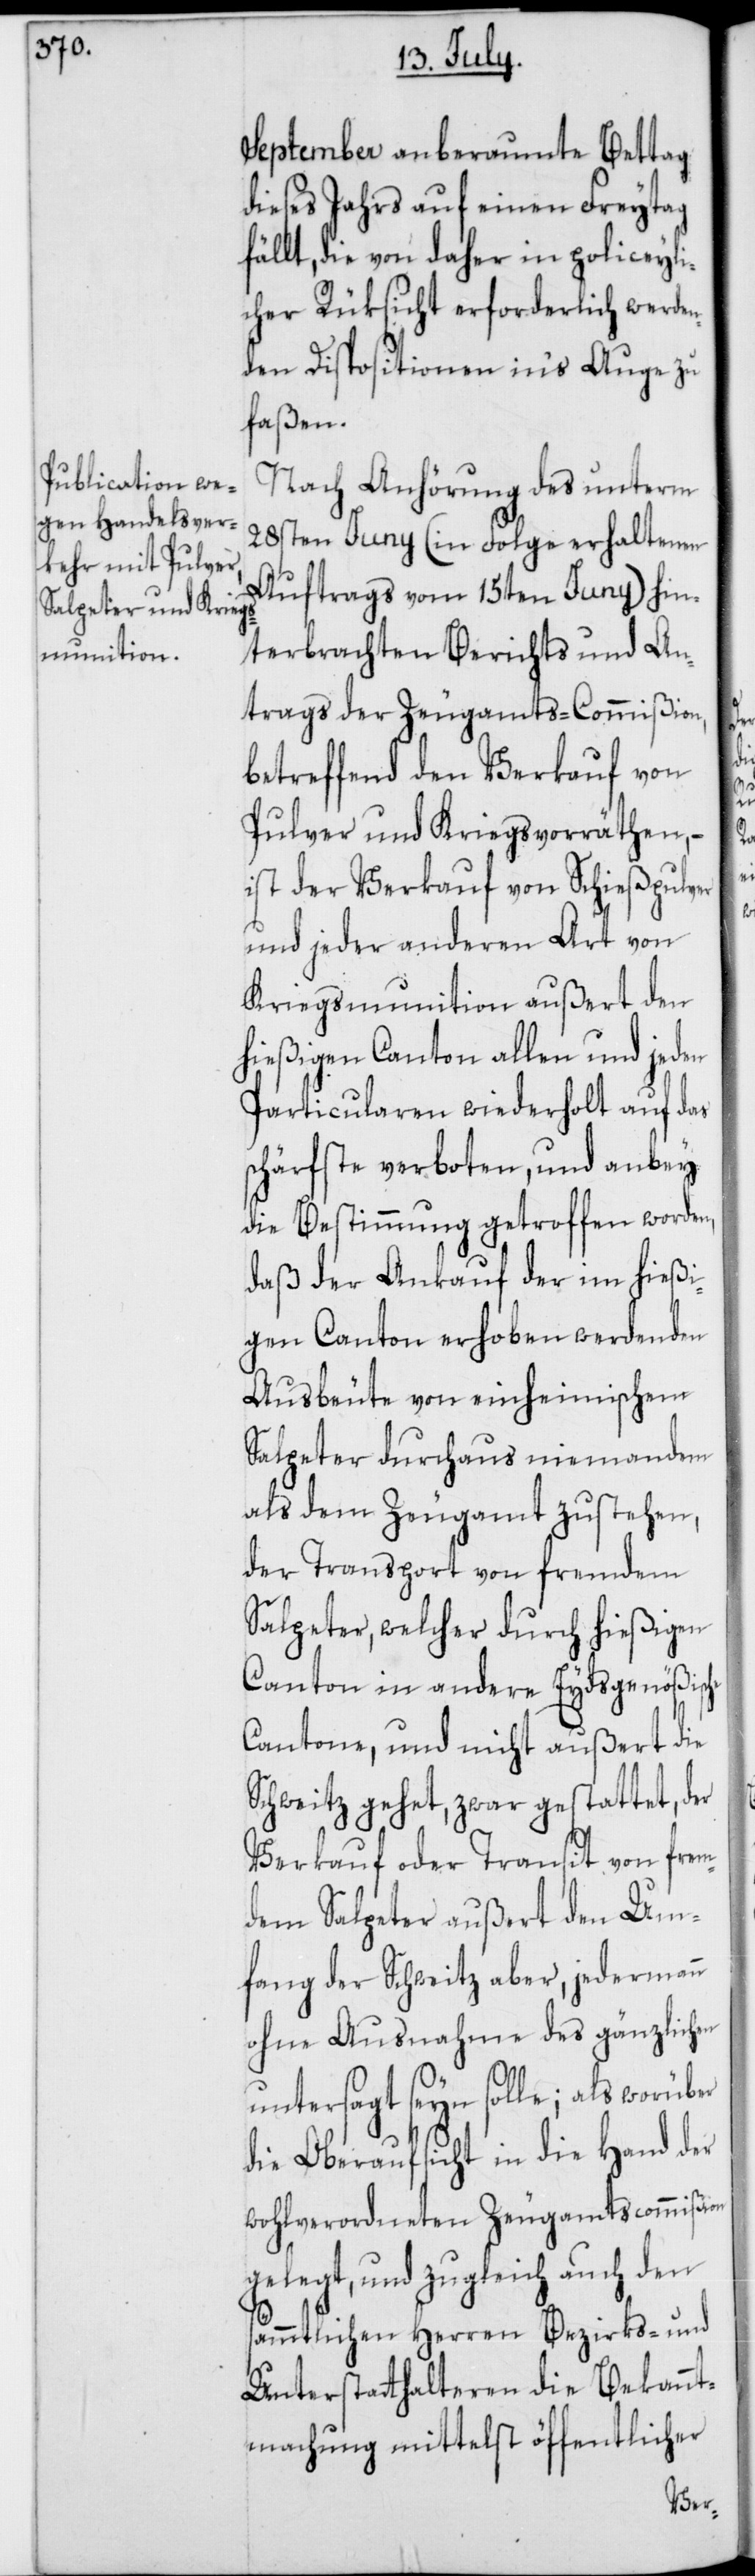
September anberaumte Bettag
dieses Jahrs auf einen Freytag
fällt, die von daher in polizeyli¬
cher Rüksicht erforderlich werden¬
den Dispositionen ins Auge zu
faßen.
Nach Anhörung des unterm
28sten Juny (in Folge erhaltenen
Auftrags vom 15ten Juny) hin¬
terbrachten Berichts und An¬
trags der Zeugamts-Commißion,
betreffend den Verkauf von
Pulver und Kriegsvorräthen, –
ist der Verkauf von Schießpulver
und jeder anderen Art von
Kriegsmunition außert den
hießigen Canton allen und jeden
Particularen wiederholt auf das
schärfste verboten, und anbey
die Bestimmung getroffen worden,
daß der Ankauf der im hießi¬
gen Canton erhoben werdenden
Ausbeute von einheimischem
Salpeter durchaus niemandem
als dem Zeugamt zustehen,
der Transport von fremdem
Salpeter, welcher durch hießigen
Canton in andere Eydsgenößische
Cantone, und nicht außert die
Schweitz gehet, zwar gestattet, der
Verkauf oder Transit von frem¬
dem Salpeter außert den Um¬
fang der Schweitz aber, jedermann
ohne Ausnahme des gänzlichen
untersagt seyn solle; als worüber
die Oberaufsicht in die Hand der
wohlverordneten Zeugamtscommißion
gelegt, und zugleich auch den
sämmtlichen Herren Bezirks- und
Unterstatthalteren die Bekannt¬
machung mittelst öffentlicher